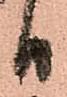
日